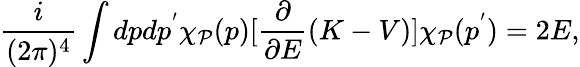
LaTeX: \frac i{(2\pi)^{4}}\int dpdp^{^{\prime}}\chi_{{\cal P}}(p)[\frac\partial{\partial E}(K-V)]\chi_{{\cal P}}(p^{^{\prime}})=2E,